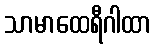
သာမာထေရီဂါထာ